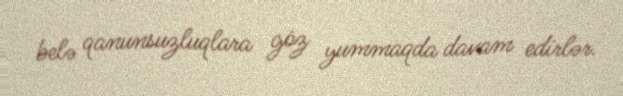
belə qanunsuzluqlara göz yummaqda davam edirlər.